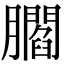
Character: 𦢨